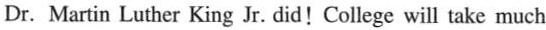
Dr. Martin Luther King Jr.id! College will take much